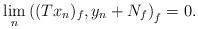
LaTeX: \begin{align*} \lim_{n}\left((Tx_n)_f, y_n+N_f\right)_f=0. \end{align*}